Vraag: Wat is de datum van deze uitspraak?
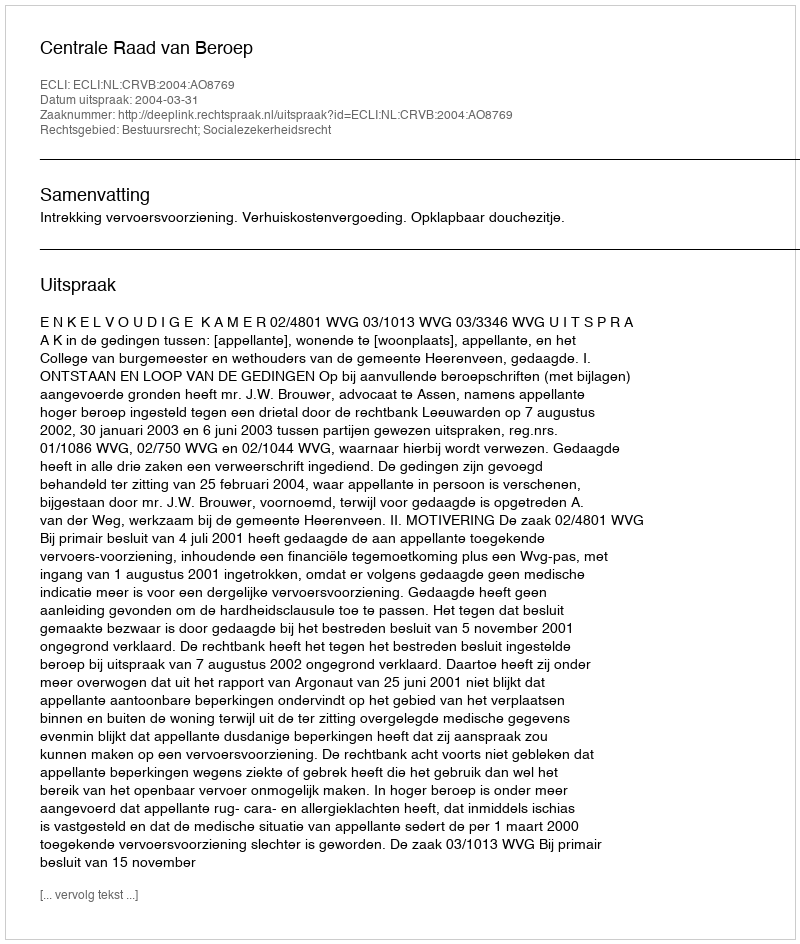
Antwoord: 2004-03-31